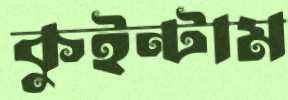
কুইন্টাম